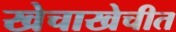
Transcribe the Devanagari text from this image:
खेचाखेचीत